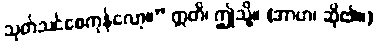
သုတ်သင်စေကုန်လော့။” ဣတိ၊ ဤသို့။ (အာဟ၊ ဆို၏။)